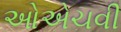
ઓએચવી